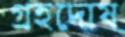
গ্রহদোষ